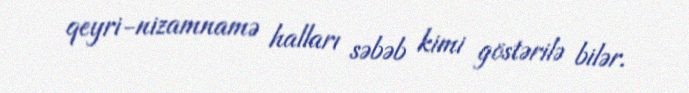
qeyri-nizamnamə halları səbəb kimi göstərilə bilər.